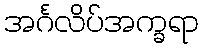
အင်္ဂလိပ်အက္ခရာ